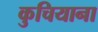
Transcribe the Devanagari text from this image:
कुचियाना